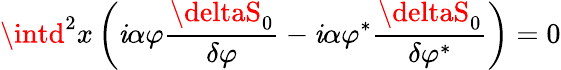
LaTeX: \intd^{2}x\left(\mathit{i}\alpha\varphi\frac{{\deltaS_{0}}}{{\delta\varphi}}-\mathit{i}\alpha\varphi^{\ast}\frac{{\deltaS_{0}}}{{\delta\varphi^{\ast}}}\right)=0